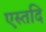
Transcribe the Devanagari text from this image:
एस्तदि